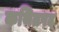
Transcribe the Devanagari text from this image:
कथितपद